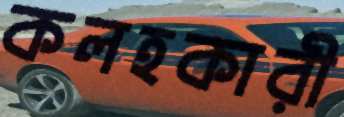
কলহকারী